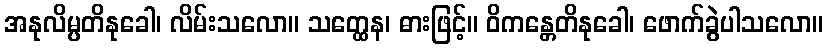
အနုလိမ္ပတိနုခေါ၊ လိမ်းသလော။ သတ္ထေန၊ ဓားဖြင့်။ ဝိကန္တေတိနုခေါ၊ ဖောက်ခွဲပါသလော။